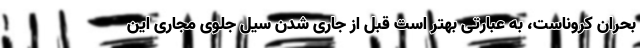
بحران کروناست، به عبارتی بهتر است قبل از جاری شدن سیل جلوی مجاری این